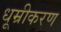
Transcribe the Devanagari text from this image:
धूम्रीकरण